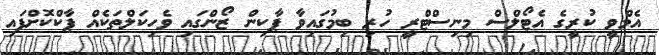
އެމްވީ ކުރީގެ އެޓޯލްސް މިނިސްޓްރީ ހުރި ބިމުގައިވާ ޕާކިން ޒޯންގައި ވެހިކަލްތަކެއް ޕާކްކޮށްފައި